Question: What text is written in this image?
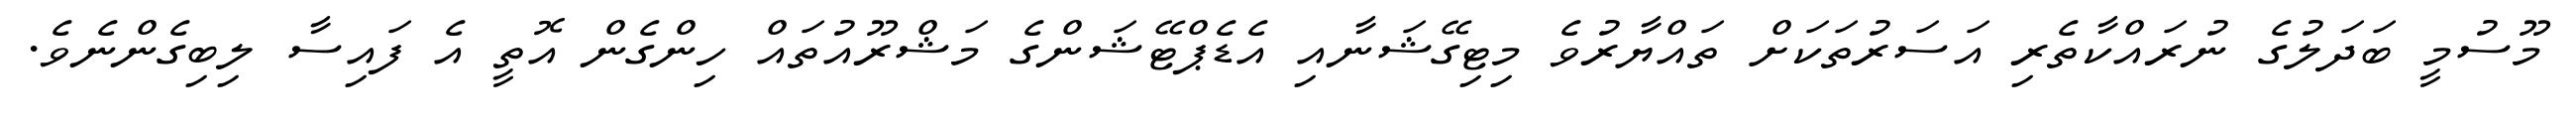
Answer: މޫސުމީ ބަދަލުގެ ނުރައްކާތެރި އަސަރުތަކަށް ތައްޔާރުވެ މިޓިގޭޝަނާއި އެޑެޕްޓޭޝަންގެ މަޝްރޫއުތައް ހިންގެން އޮތީ އެ ފައިސާ ލިބިގެންނެވެ.